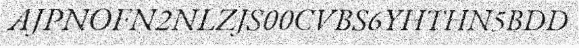
AJPNOFN2NLZJS00CVBS6YHTHN5BDD